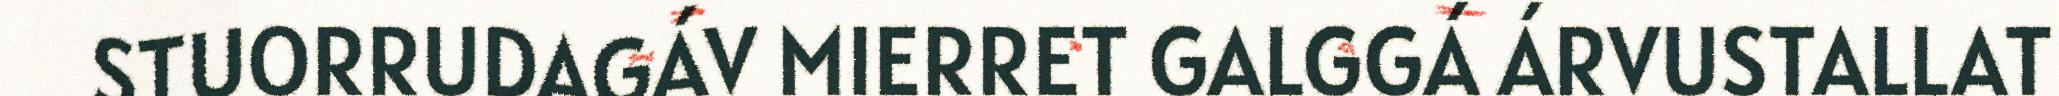
STUORRUDAGÁV MIERRET GALGGÁ ÁRVUSTALLAT